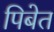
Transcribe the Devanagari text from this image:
पिबेत